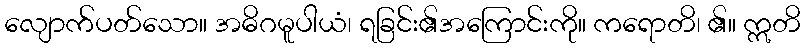
လျောက်ပတ်သော။ အဓိဂမူပါယံ၊ ရခြင်း၏အကြောင်းကို။ ကရောတိ၊ ၏။ ဣတိ